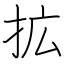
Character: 拡